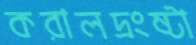
করালদ্রংষ্টা